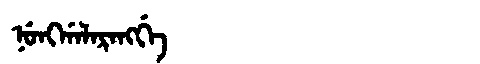
Manchu: ᠨᡠᠩᡤᠠᠯᠠᡵᠠᠩᡤᡝ
Romanization: NUNGGALARANGGE